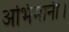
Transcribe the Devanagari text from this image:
अभिमानी।